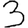
Digit: 3